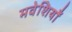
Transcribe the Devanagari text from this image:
मवेशियाँ